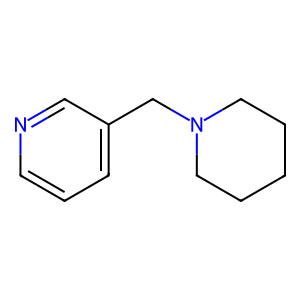
SMILES: c1cncc(CN2CCCCC2)c1
Inhibits HIV replication: No